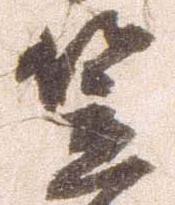
笠